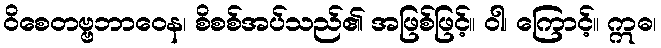
ဝိစေတဗ္ဗဘာဝေန၊ စိစစ်အပ်သည်၏ အဖြစ်ဖြင့်။ ဝါ၊ ကြောင့်။ ဣဓ၊